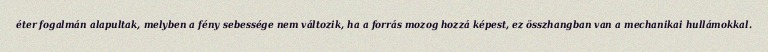
éter fogalmán alapultak, melyben a fény sebessége nem változik, ha a forrás mozog hozzá képest, ez összhangban van a mechanikai hullámokkal.